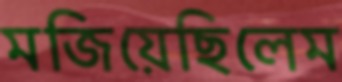
মজিয়েছিলেম